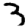
Digit: 3